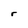
Character: r